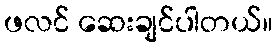
ဖလင် ဆေးချင်ပါတယ်။